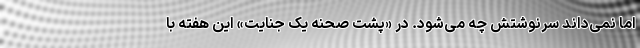
اما نمی‌داند سرنوشتش چه می‌شود. در «پشت صحنه یک جنایت» این هفته با